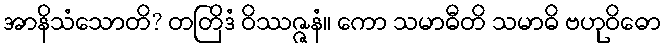
အာနိသံသောတိ? တတြိဒံ ဝိဿဇ္ဇနံ။ ကော သမာဓီတိ သမာဓိ ဗဟုဝိဓော